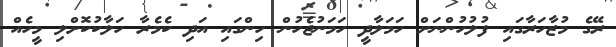
ރޭގެ މުޒާހަރާގައި ފުލުހުންނަށް ހަމަލާދީ ހަމަނުޖެހުން ހިންގައި އަދި ކެމެރާ ހަލާކުކޮށްލި މީހެއް